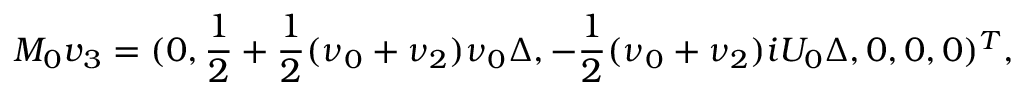
M _ { 0 } \boldsymbol { v } _ { 3 } = ( 0 , \frac { 1 } { 2 } + \frac { 1 } { 2 } ( \nu _ { 0 } + \nu _ { 2 } ) \nu _ { 0 } \Delta , - \frac { 1 } { 2 } ( \nu _ { 0 } + \nu _ { 2 } ) i U _ { 0 } \Delta , 0 , 0 , 0 ) ^ { T } ,